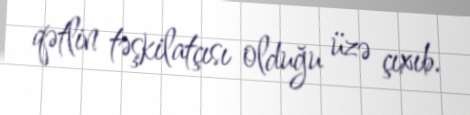
qətlin təşkilatçısı olduğu üzə çıxıb.